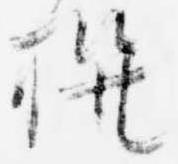
撰